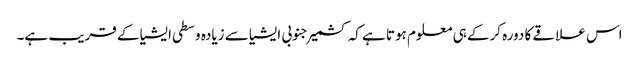
اس علاقے کا دورہ کرکے ہی معلوم ہوتا ہے کہ کشمیر جنوبی ایشیا سے زیادہ وسطی ایشیا کے قریب ہے۔